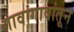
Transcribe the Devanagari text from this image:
गावांगावांतून